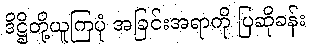
ဒိဋ္ဌိတို့ယူကြပုံ အခြင်းအရာကို ပြဆိုခန်း